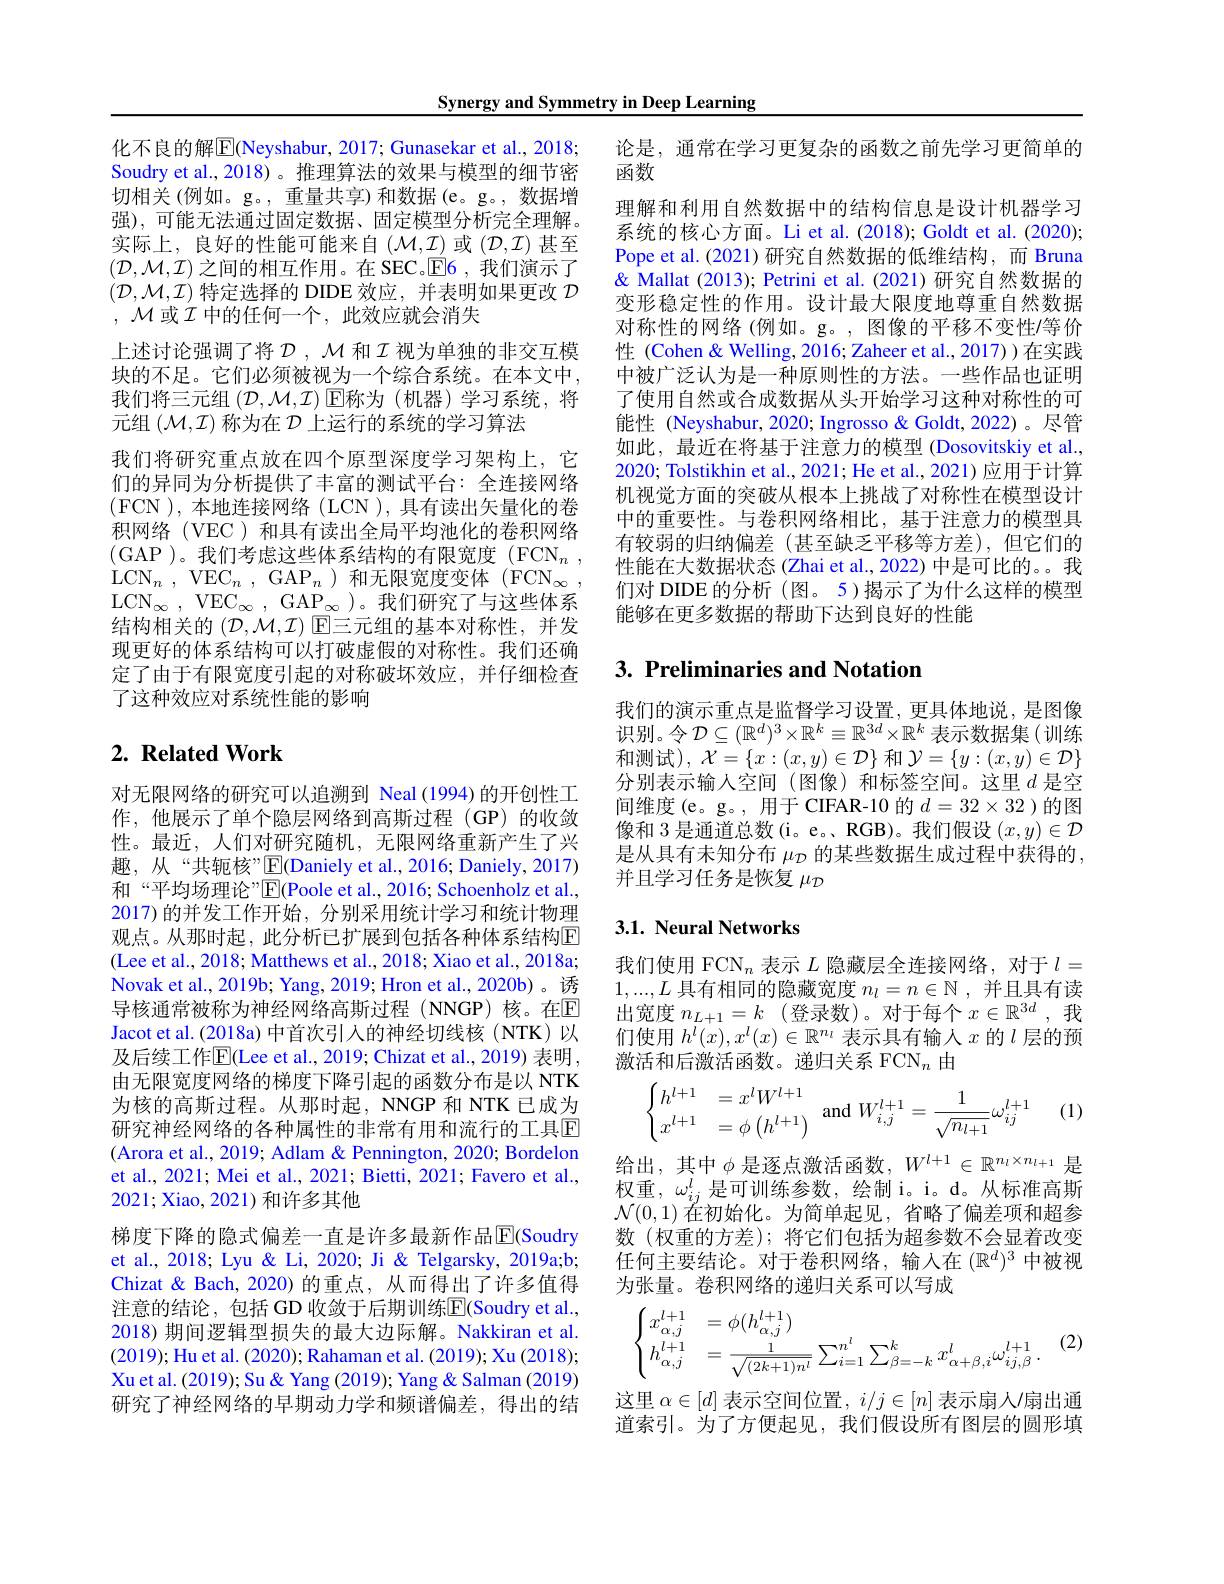
Synergy and Symmetry in Deep Learning

化不良的解$\overline{\mathbb{E}}$(Neyshabur, 2017; Gunasekar et al., 2018; Soudry et al., 2018) 。推理算法的效果与模型的细节密切相关(例如。g。,重量共享)和数据(e。g。,数据增强),可能无法通过固定数据、固定模型分析完全理解。实际上，良好的性能可能来自(M,I)或(D,I)甚至$(\mathcal{D},\mathcal{M},\mathcal{I})$之间的相互作用。在 SEC。$\mathsf{E}$6,我们演示了$(\mathcal{D},\mathcal{M},\mathcal{I})$特定选择的 DIDE 效应，并表明如果更改$\mathcal{D}$ $,\mathcal{M}$或$\mathcal{I}$中的任何一个，此效应就会消失
上述讨论强调了将$\mathcal{D},\mathcal{M}$ 和$\mathcal{I}$视为单独的非交互模块的不足。它们必须被视为一个综合系统。在本文中， 我们将三元组$(\mathcal{D},\mathcal{M},\mathcal{I})$回称为 (机器)学习系统，将元组$(\mathcal{M},\mathcal{I})$称为在$\mathcal{D}$上运行的系统的学习算法
我们将研究重点放在四个原型深度学习架构上，它们的异同为分析提供了丰富的测试平台：全连接网络(FCN ),本地连接网络(LCN ),具有读出矢量化的卷积网络(VEC)和具有读出全局平均池化的卷积网络(GAP )。我们考虑这些体系结构的有限宽度 $( FCN_n $, $\mathrm{LCN}_{n}$ , $\mathrm{VEC}_{n}$ , $\mathrm{GAP}_{n}$ ) 和无限宽度变体 $( \mathrm{FCN}_{\infty }$ $\mathrm{LCN}_{\infty }$ , $\mathrm{VEC}_{\infty }$ , $\mathrm{GAP}_{\infty }$ )。我们研究了与这些体系结构相关的$(\mathcal{D},\mathcal{M},\mathcal{I})$回三元组的基本对称性，并发现更好的体系结构可以打破虚假的对称性。我们还确定了由于有限宽度引起的对称破坏效应，并仔细检查了这种效应对系统性能的影响

# $2. \textbf{ Related Work}$

对无限网络的研究可以追溯到 Neal (1994)的开创性工作，他展示了单个隐层网络到高斯过程(GP)的收敛性。最近，人们对研究随机，无限网络重新产生了兴趣，从“共轭核”$\operatorname{E}($Daniely et al., 2016; Daniely, 2017) 和“平均场理论”E(Poole et al., 2016; Schoenholz et al., 2017)的并发工作开始，分别采用统计学习和统计物理观点。从那时起，此分析已扩展到包括各种体系结构$\mathbb{E}$ (Lee et al., 2018; Matthews et al., 2018; Xiao et al., 2018a; Novak et al., 2019b; Yang, 2019; Hron et al., 2020b)。诱导核通常被称为神经网络高斯过程(NNGP)核。在$\mathbb{E}$ Jacot et al. (2018a) 中首次引入的神经切线核 (NTK)以及后续工作$\overline{\mathrm{E}}($Lee et al., 2019; Chizat et al., 2019) 表明， 由无限宽度网络的梯度下降引起的函数分布是以 NTK 为核的高斯过程。从那时起，NNGP 和 NTK 已成为研究神经网络的各种属性的非常有用和流行的工具$\mathbb{E}$ (Arora et al., 2019; Adlam & Pennington, 2020; Bordelon et al., 2021; Mei et al., 2021; Bietti, 2021; Favero et al., 2021; Xiao, 2021) 和许多其他
梯度下降的隐式偏差一直是许多最新作品$\operatorname{E}($Soudry et al., 2018; Lyu & Li, 2020; Ji & Telgarsky, 2019a;b; Chizat & Bach, 2020) 的重点，从而得出了许多值得注意的结论，包括 GD 收敛于后期训练$\overline{\mathrm{E}}($Soudry et al., 2018) 期间逻辑型损失的最大边际解。Nakkiran et al. (2019);Hu et al. (2020); Rahaman et al. (2019); Xu (2018); Xu et al. (2019); Su & Yang (2019); Yang & Salman (2019) 研究了神经网络的早期动力学和频谱偏差，得出的结

论是，通常在学习更复杂的函数之前先学习更简单的
函数
理解和利用自然数据中的结构信息是设计机器学习系统的核心方面。Li et al. (2018); Goldt et al. (2020); Pope et al.(2021) 研究自然数据的低维结构，而 Bruna & Mallat (2013); Petrini et al. (2021) 研究自然数据的变形稳定性的作用。设计最大限度地尊重自然数据对称性的网络(例如。g。, 图像的平移不变性/等价性 (Cohen& Welling, 2016; Zaheer et al., 2017) )在实践中被广泛认为是一种原则性的方法。一些作品也证明了使用自然或合成数据从头开始学习这种对称性的可能性 (Neyshabur, 2020; Ingrosso & Goldt, 2022)。尽管如此，最近在将基于注意力的模型 (Dosovitskiy et al., 2020; Tolstikhin et al., 2021; He et al., 2021) 应用于计算机视觉方面的突破从根本上挑战了对称性在模型设计中的重要性。与卷积网络相比，基于注意力的模型具有较弱的归纳偏差(甚至缺乏平移等方差),但它们的性能在大数据状态 (Zhai et al., 2022) 中是可比的。。我们对 DIDE 的分析 (图。5)揭示了为什么这样的模型能够在更多数据的帮助下达到良好的性能

# 3. Preliminaries and Notation

我们的演示重点是监督学习设置，更具体地说，是图像识别。令$\mathcal{D}\subseteq(\mathbb{R}^d)^3\times\mathbb{R}^k\equiv\mathbb{R}^{3d}\times\mathbb{R}^k$ 表示数据集 (训练和测试), $\mathcal{X}=\{x:(x,y)\in\mathcal{D}\}$和$\mathcal{Y}=\{y:(x,y)\in\mathcal{D}\}$ 分别表示输入空间(图像)和标签空间。这里$d$是空间维度 (e。g。, 用于 CIFAR-10 的$d=32\times32$ )的图像和 3 是通道总数(i。e。、RGB)。我们假设$(x,y)\in\mathcal{D}$ 是从具有未知分布$\mu_{\mathcal{D}}$的某些数据生成过程中获得的， 并且学习任务是恢复$\mu_{\mathcal{D}}$

# 3.1. Neural Networks

我们使用 FCN$_n$表示$L$隐藏层全连接网络，对于$l=$ $1,...,L$具有相同的隐藏宽度$n_l=n\in\mathbb{N}$,并且具有读出宽度$n_L+1=k$ (登录数)。对于每个$x\in\mathbb{R}^3d$,我们使用$h^l(x),x^l(x)\in\mathbb{R}^{n_l}$表示具有输人$x$的$l$层的预激活和后激活函数。递归关系 FCN$_n$由

(1)
$$\begin{cases}h^{l+1}&=x^lW^{l+1}\\x^{l+1}&=\phi\left(h^{l+1}\right)\end{cases}\text{and}W_{i,j}^{l+1}=\frac{1}{\sqrt{n_{l+1}}}\omega_{ij}^{l+1}$$
给出，其中$\phi$是逐点激活函数，$W^l+1\in\mathbb{R}^{n_l\times n_{l+1}}$是权重，$\omega_ij^l$是可训练参数，绘制 i。i。d。从标准高斯$\mathcal{N}(0,1)$在初始化。为简单起见，省略了偏差项和超参数(权重的方差);将它们包括为超参数不会显着改变任何主要结论。对于卷积网络，输入在$(\mathbb{R}^d)^3$中被视为张量。卷积网络的递归关系可以写成
$$\begin{cases}x_{\alpha,j}^{l+1}&=\phi(h_{\alpha,j}^{l+1})\\h_{\alpha,j}^{l+1}&=\frac{1}{\sqrt{(2k+1)n^{l}}}\sum_{i=1}^{n^{l}}\sum_{\beta=-k}^{k}x_{\alpha+\beta,i}^{l}\omega_{ij,\beta}^{l+1}.\end{cases}(2)$$
这里$\alpha\in[d]$表示空间位置，$i/j\in[n]$表示扇人/扇出通道索引。为了方便起见，我们假设所有图层的圆形填